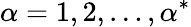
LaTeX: {\alpha}=1,2,\dots,{\alpha}^{*}